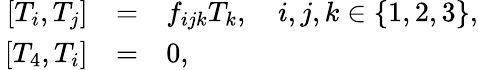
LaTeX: \begin{array}{rcl}{{\, [T_{i},T_{j}]}}&{{=}}&{{f_{ijk}T_{k},\quad i,j,k\in\{ 1,2,3\} ,}}\\ {{\, [T_{4},T_{i}]}}&{{=}}&{{0,}}\end{array}